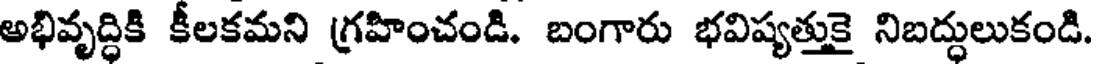
అభివృద్ధికి కీలకమని గ్రహించండి. బంగారు భవిష్యత్తుకై నిబద్ధులుకండి.